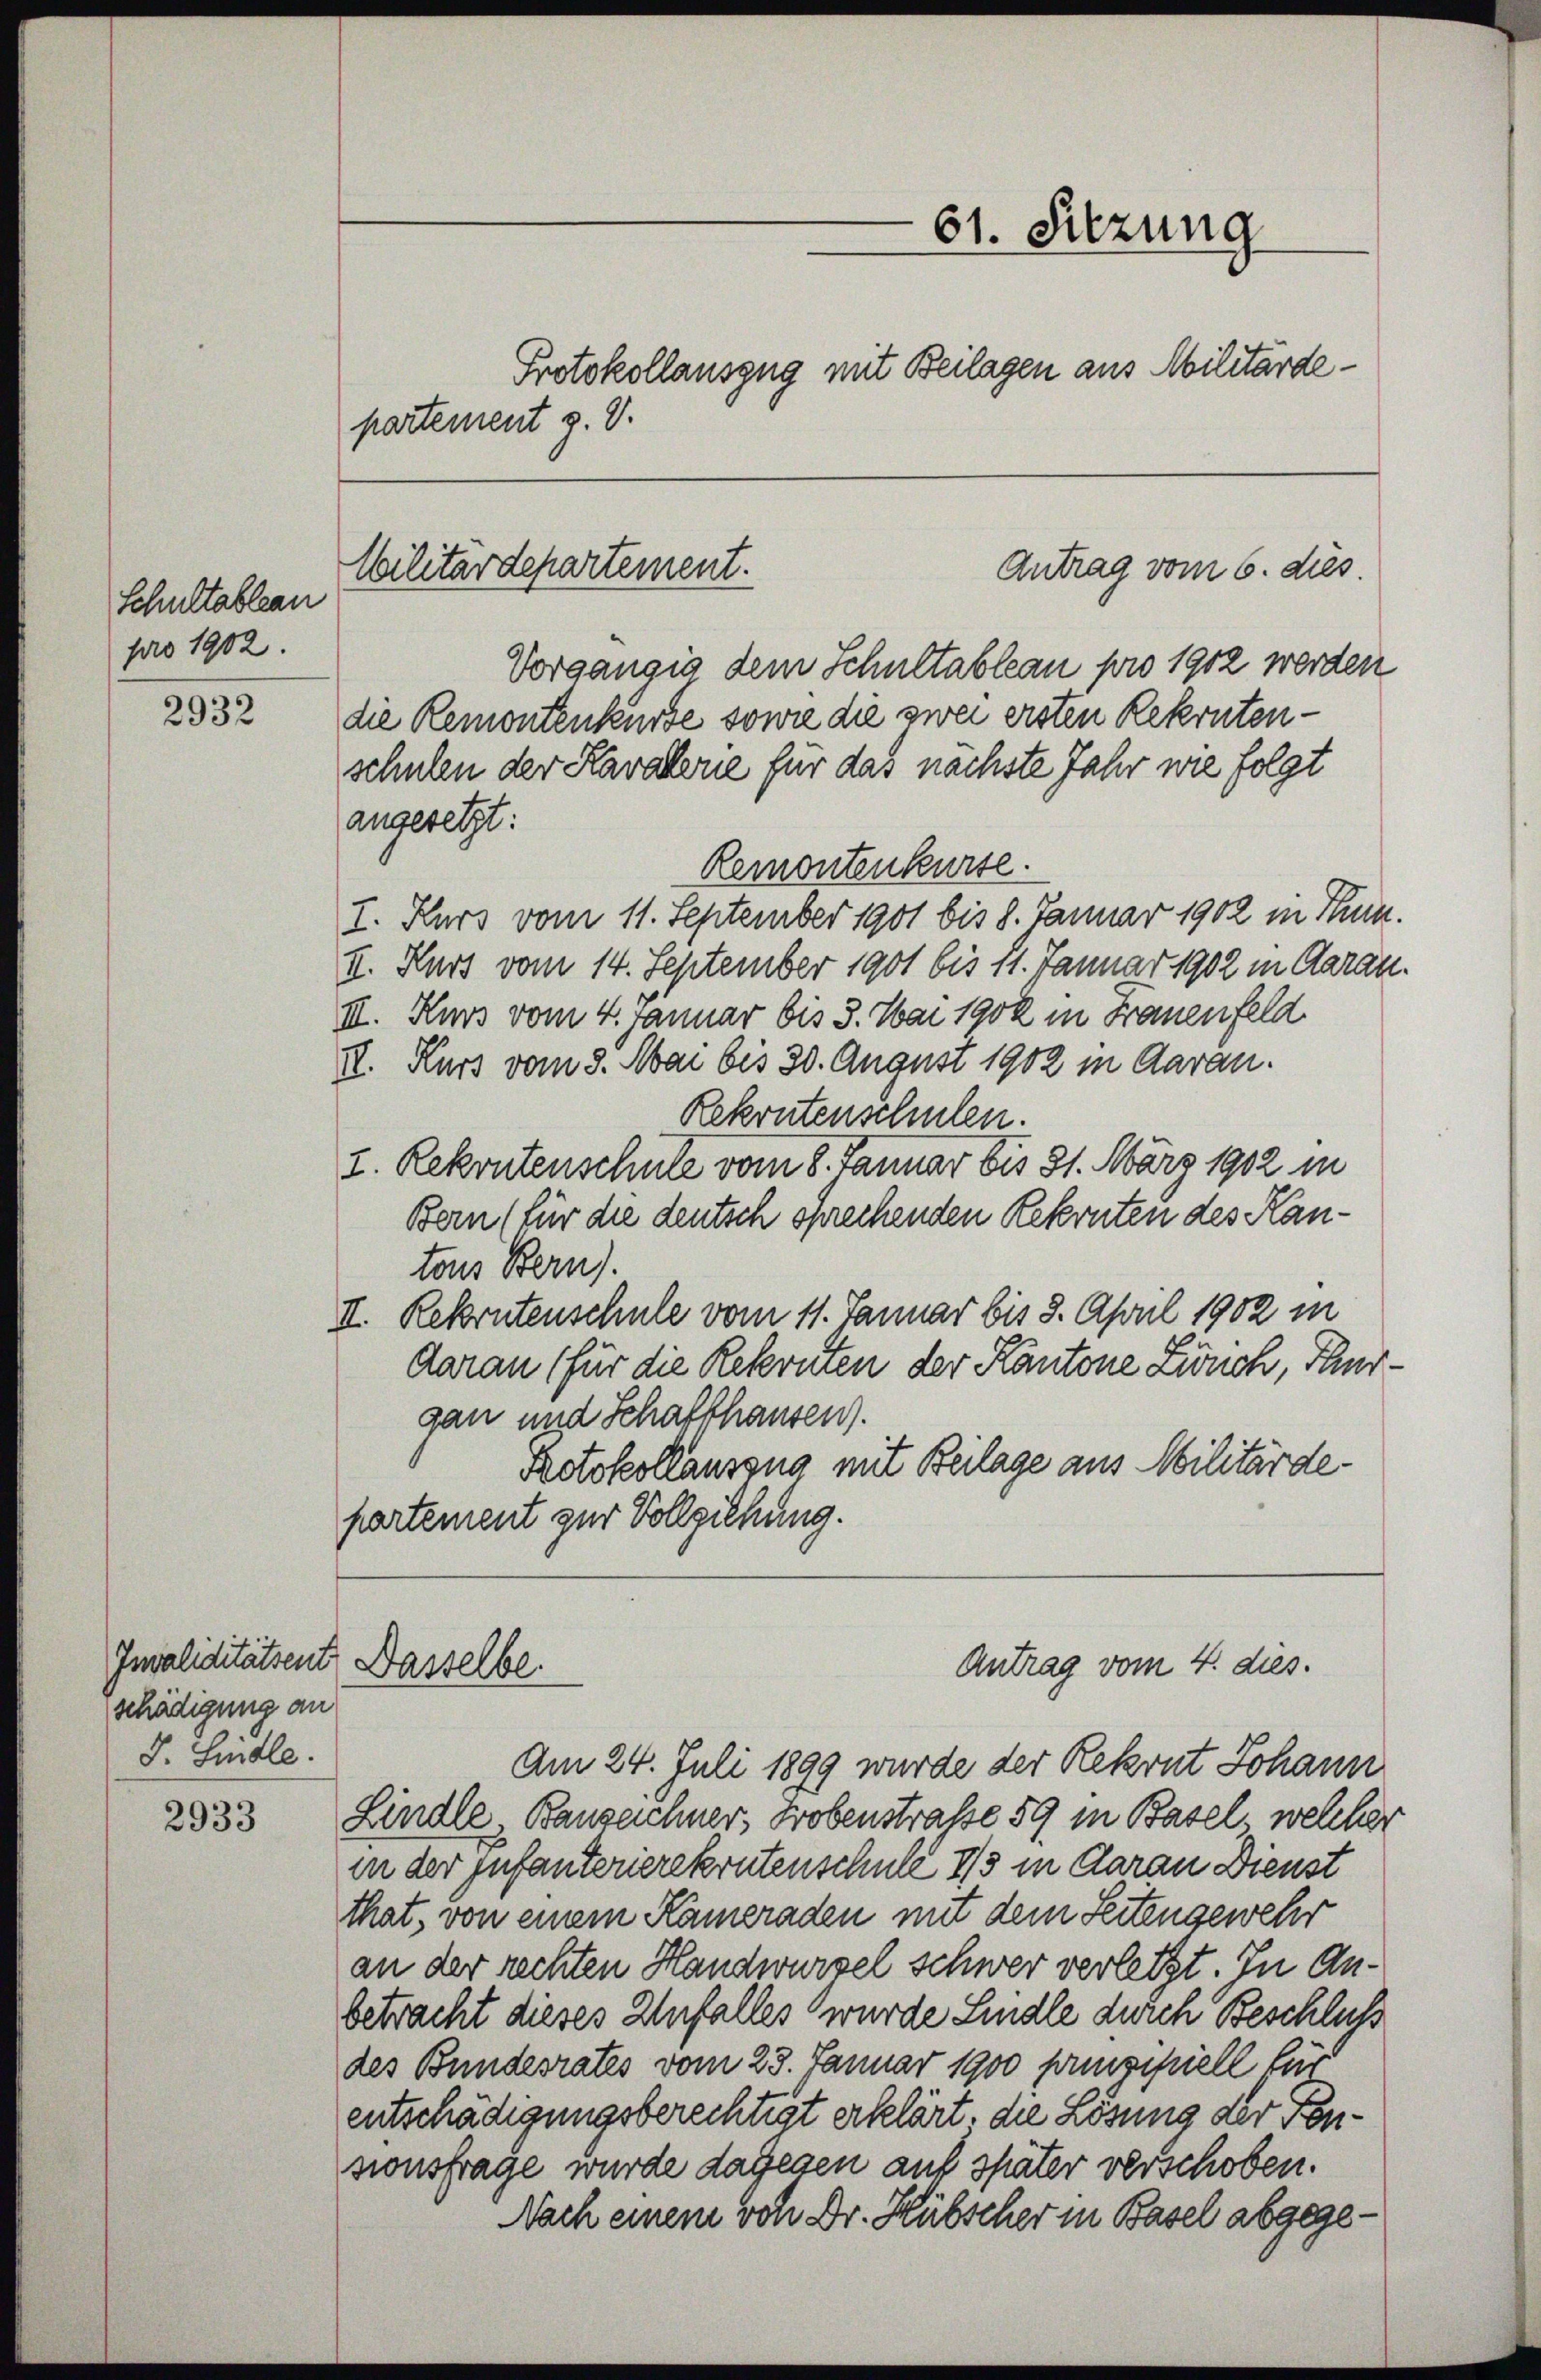
Schultableau
pro 1902.

2932

2933

schädigung an
8. Sindle.

partement z. d.

Militärdepartement.
Antrag vom 6. dies

Invaliditätsent. Dasselbe.

61. Sitzung
Protokollauszug mit Beilagen aus Militärde¬

Vorgängig dem Schultableau pro 1902 werden
die Remontenkurse sowie die zwei ersten Rekrutenschulen der Kavaline für das nächste Jahr wie folgt
angesetzt:
Remontenkurse.
I. Kurs vom 11. September 1901 bis 8. Januar 1902 in Thun.
II. Kurs vom 14. September 1901 bis 11. Januar 1902 in Aarau
III. Kurs vom 4. Januar bis 3. Mai 1902 in Frauenfeld.
II. Kurs vom 3. Mai bis 30. August 1902 in Garan.
Rekontenschulen.
I. Rekrutenschule vom 8. Januar bis 81. März 1902 in
Bern (für die deutsch sprechenden Rekruten des Kantons Bern).
II. Rekrutenschule vom 11. Januar bis 8. April 1902 in
daran (für die Rekruten der Kantone Zwuch, Thurgan und Schaffhausen).
Rotokollauszug mit Beilage aus Militärdepartement zur Vollziehung.

Antrag vom 4. dies.

Am 24. Juli 1899 wurde der Rekrut Johann
Lindle, Bauzeichner, Hobenstraße 59 in Basel, welcher
in der Infanterierekrutenschule I/s in daran Dienst
that, von einem Kämeraden mit dem Seitengewehr
an der rechten Handwurzel schwer verletzt. In Anbetracht dieses Unfalles wurde Lindle durch Beschluß
des Bundesrates vom 23. Januar 1900 prinzipiell für
entschädigungsberechtigt erklärt, die Lösung der Pensionsfrage wurde dagegen auf später verschoben.
Nach einem von Dr. Hübscher in Basel abgege¬